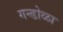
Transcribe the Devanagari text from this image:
गन्डोळा